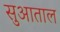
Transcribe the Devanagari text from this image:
सुआताल